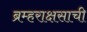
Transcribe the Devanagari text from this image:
ब्रम्हराक्षसाची